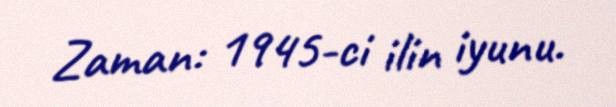
Zaman: 1945-ci ilin iyunu.